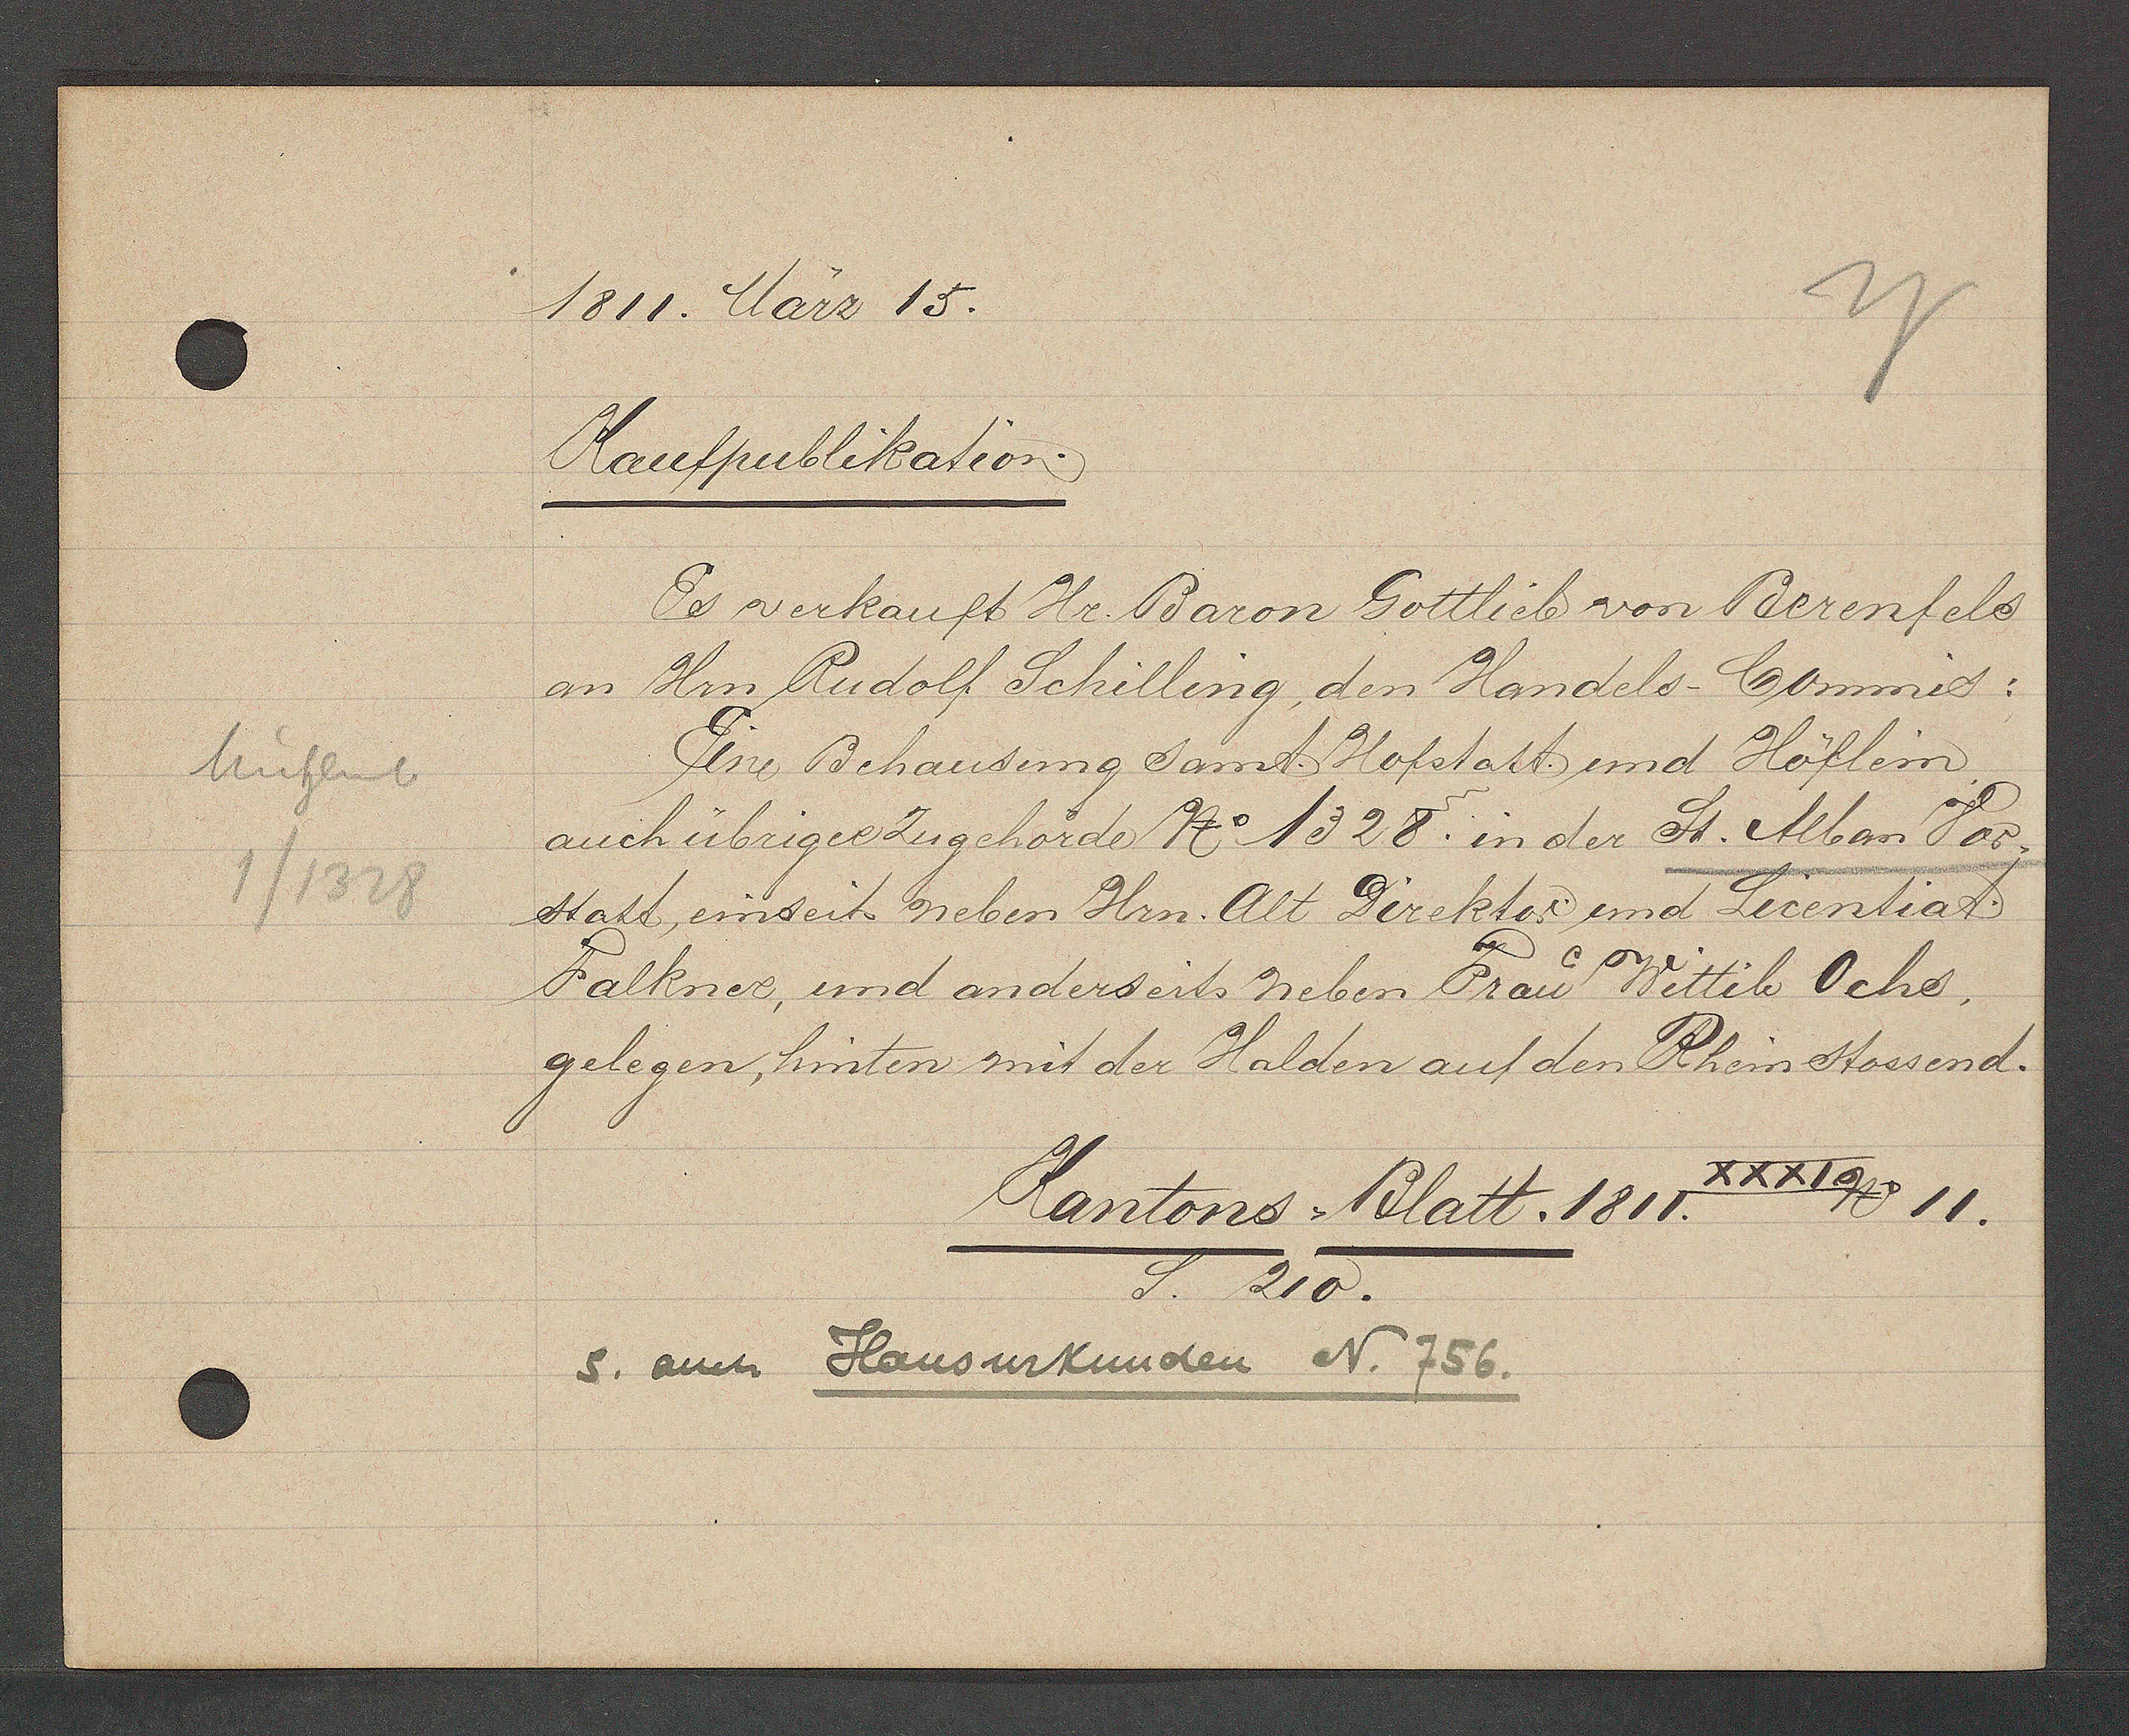
Transcript:
Mühlenb
1/1328

1811. März 15.

Kaufpublikation.
an Hrn Rudolf Schilling, den Handels Commis:
auch übrigee Zugehörde No 1328. in der St. Alban Vor-
statt, einseits neben Hrn Alt Direktor und Licentiat
Falkner, und anderseits neben Frau Wittib Ochs,
gelegen, hinten mit der Halden auf den Rhein stossend.
Es verkauft Hr Baron Gottlieb von Berenfels
Eine Behausung samt Hofstatt und Höflein,
Blatt. 1811 XXXI No 11.

s. auch Hausurkunden N. 756.
Kantons
S. 210.